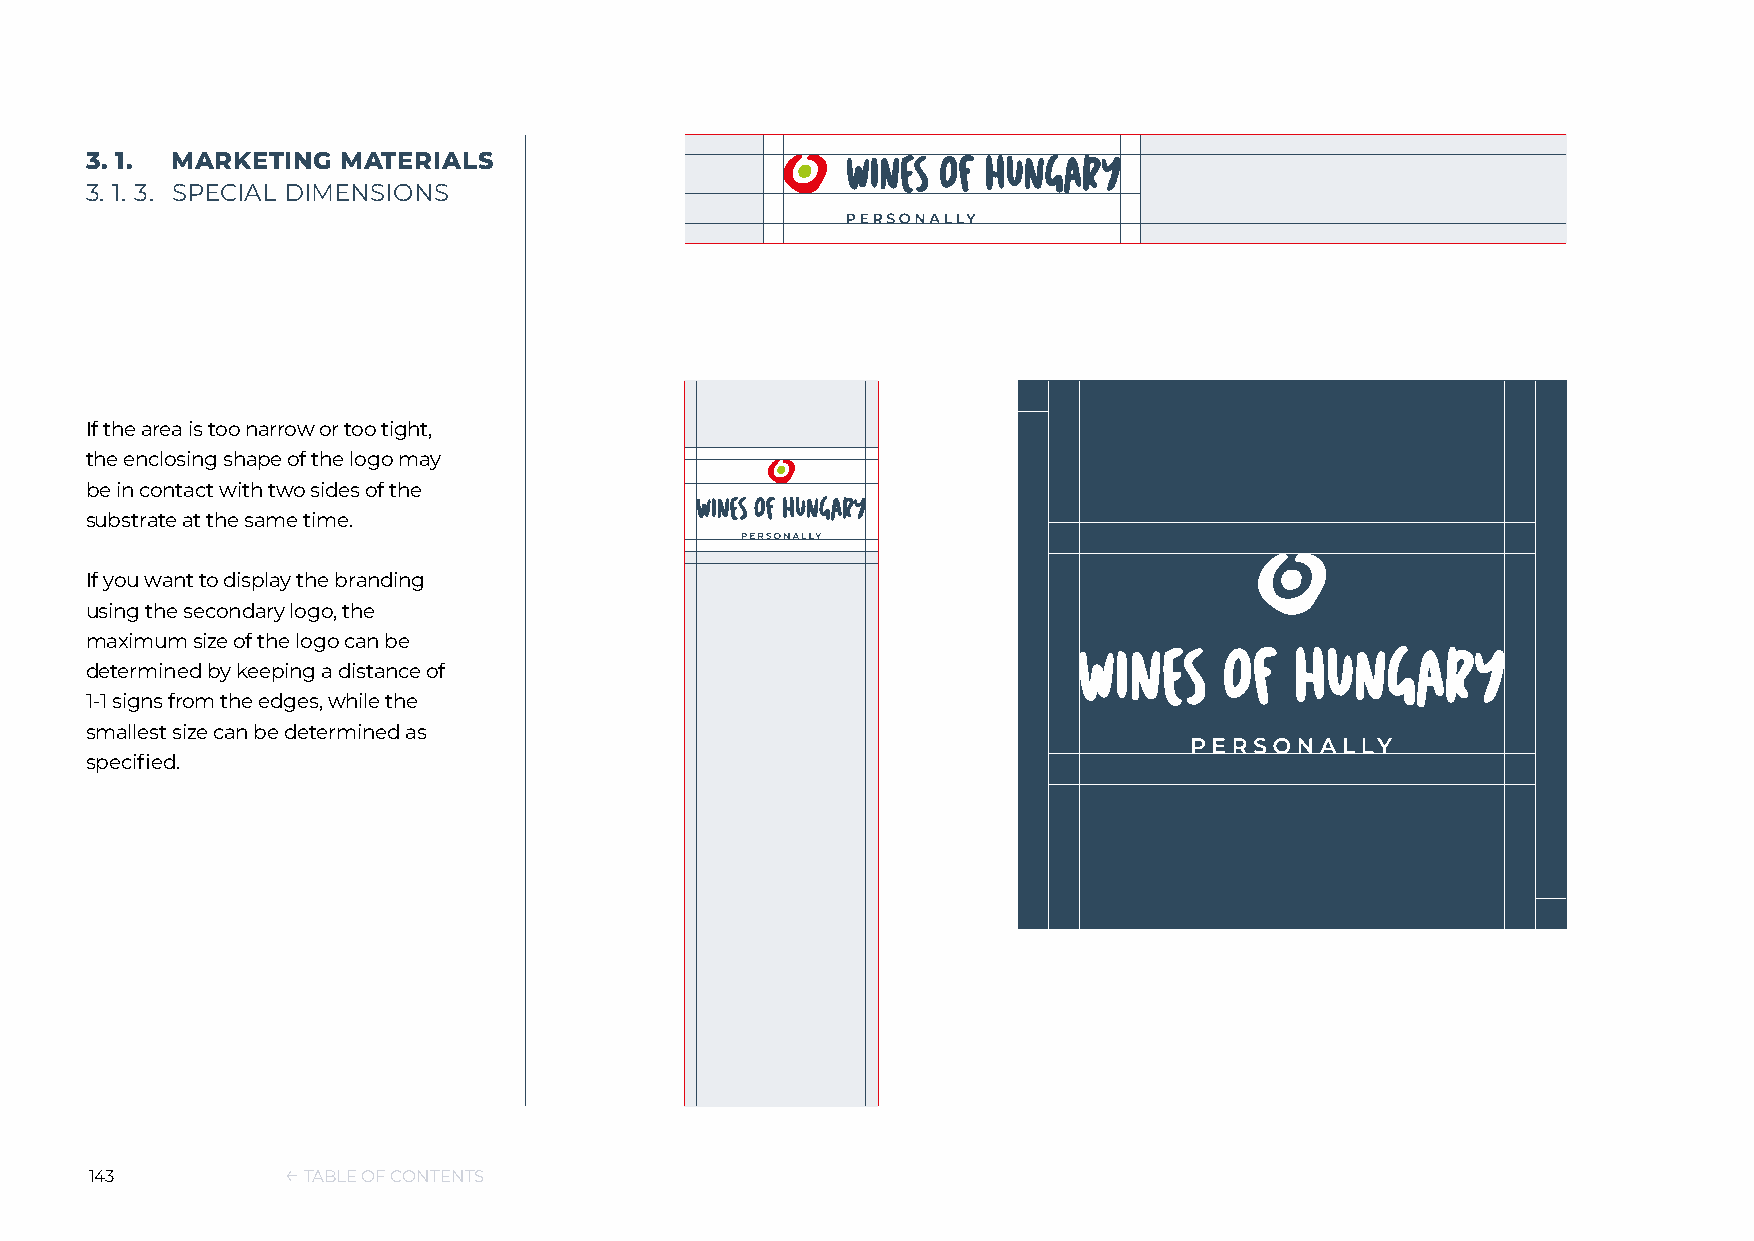
3. 1. MARKETING  MATERIALS
 3. 1. 3. SPECIAL DIMENSIONS
 If the area is too narrow or too tight,
 the enclosing shape of the logo may
 be in contact with two sides of the
 substrate at the same time.
 If you want to display the branding
 using the secondary logo, the
 maximum size of the logo can be
 determined by keeping a distance of
 1-1 signs from the edges, while the
 smallest size can be determined as
 specified.
 143          ← TABLE OF CONTENTS